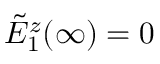
\tilde { E } _ { 1 } ^ { z } ( \infty ) = 0